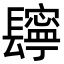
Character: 𨲸